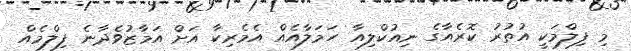
މި ފިލްމަކީ އުތުރު ކޮރެއާގެ ނިއުކްލިއާ ހަމަލާއެއް އެމެރިކާ އަށް އަމާޒުވެދާނެ ފިލްމެއް